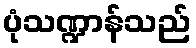
ပုံသဏ္ဍာန်သည်